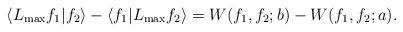
LaTeX: \begin{align*} \langle L_{\max}f_1|f_2\rangle- \langle f_1|L_{\max}f_2\rangle=W(f_1,f_2;b)-W(f_1,f_2;a). \end{align*}